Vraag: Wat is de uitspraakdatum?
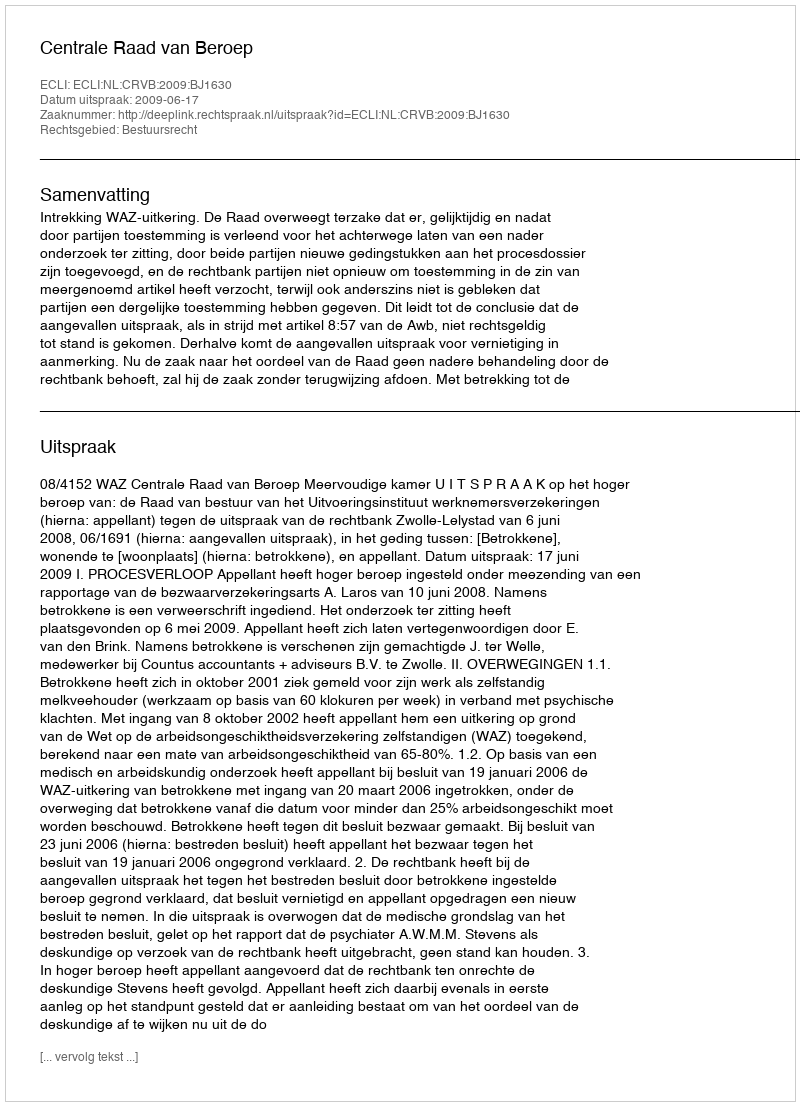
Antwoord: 2009-06-17